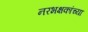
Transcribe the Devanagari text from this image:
नरभक्षकांच्या